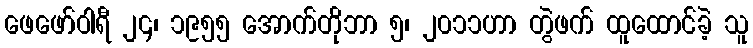
ဖေဖော်ဝါရီ ၂၄၊ ၁၉၅၅ အောက်တိုဘာ ၅၊ ၂၀၁၁ဟာ တွဲဖက် ထူထောင်ခဲ့ သူ